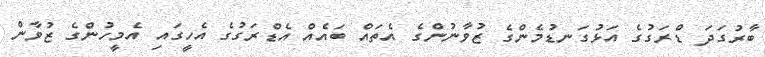
ބާރުގަދަ ޑްރަގުގެ އަޅުގަނޑުމެންގެ ޒުވާނުންގެ އެތައް ބައެއް އެޑްރަގުގެ އެހީގައި އެމީހުންގެ ޒުވާން